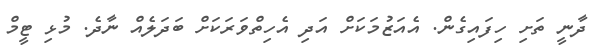
ދާނީ ތަށި ހިފައިގެން. އެއަޒުމަކަށް އަދި އެހިތްވަރަކަށް ބަދަލެއް ނާދެ. މުޅި ޓީމް